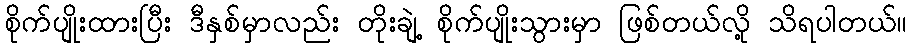
စိုက်ပျိုးထားပြီး ဒီနှစ်မှာလည်း တိုးချဲ့ စိုက်ပျိုးသွားမှာ ဖြစ်တယ်လို့ သိရပါတယ်။